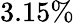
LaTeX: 3.15\%